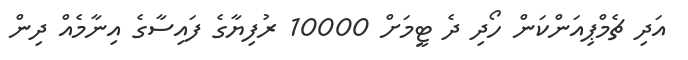
އަދި ޗެމްޕިއަންކަން ހޯދި ދެ ޓީމަށް 10000 ރުފިޔާގެ ފައިސާގެ އިނާމެއް ދިން